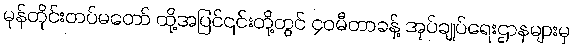
မုန်တိုင်းတပ်မတော် ထို့အပြင်၎င်းတို့တွင် ၄၀မီတာခန့် အုပ်ချုပ်ရေးဌာနများမှ